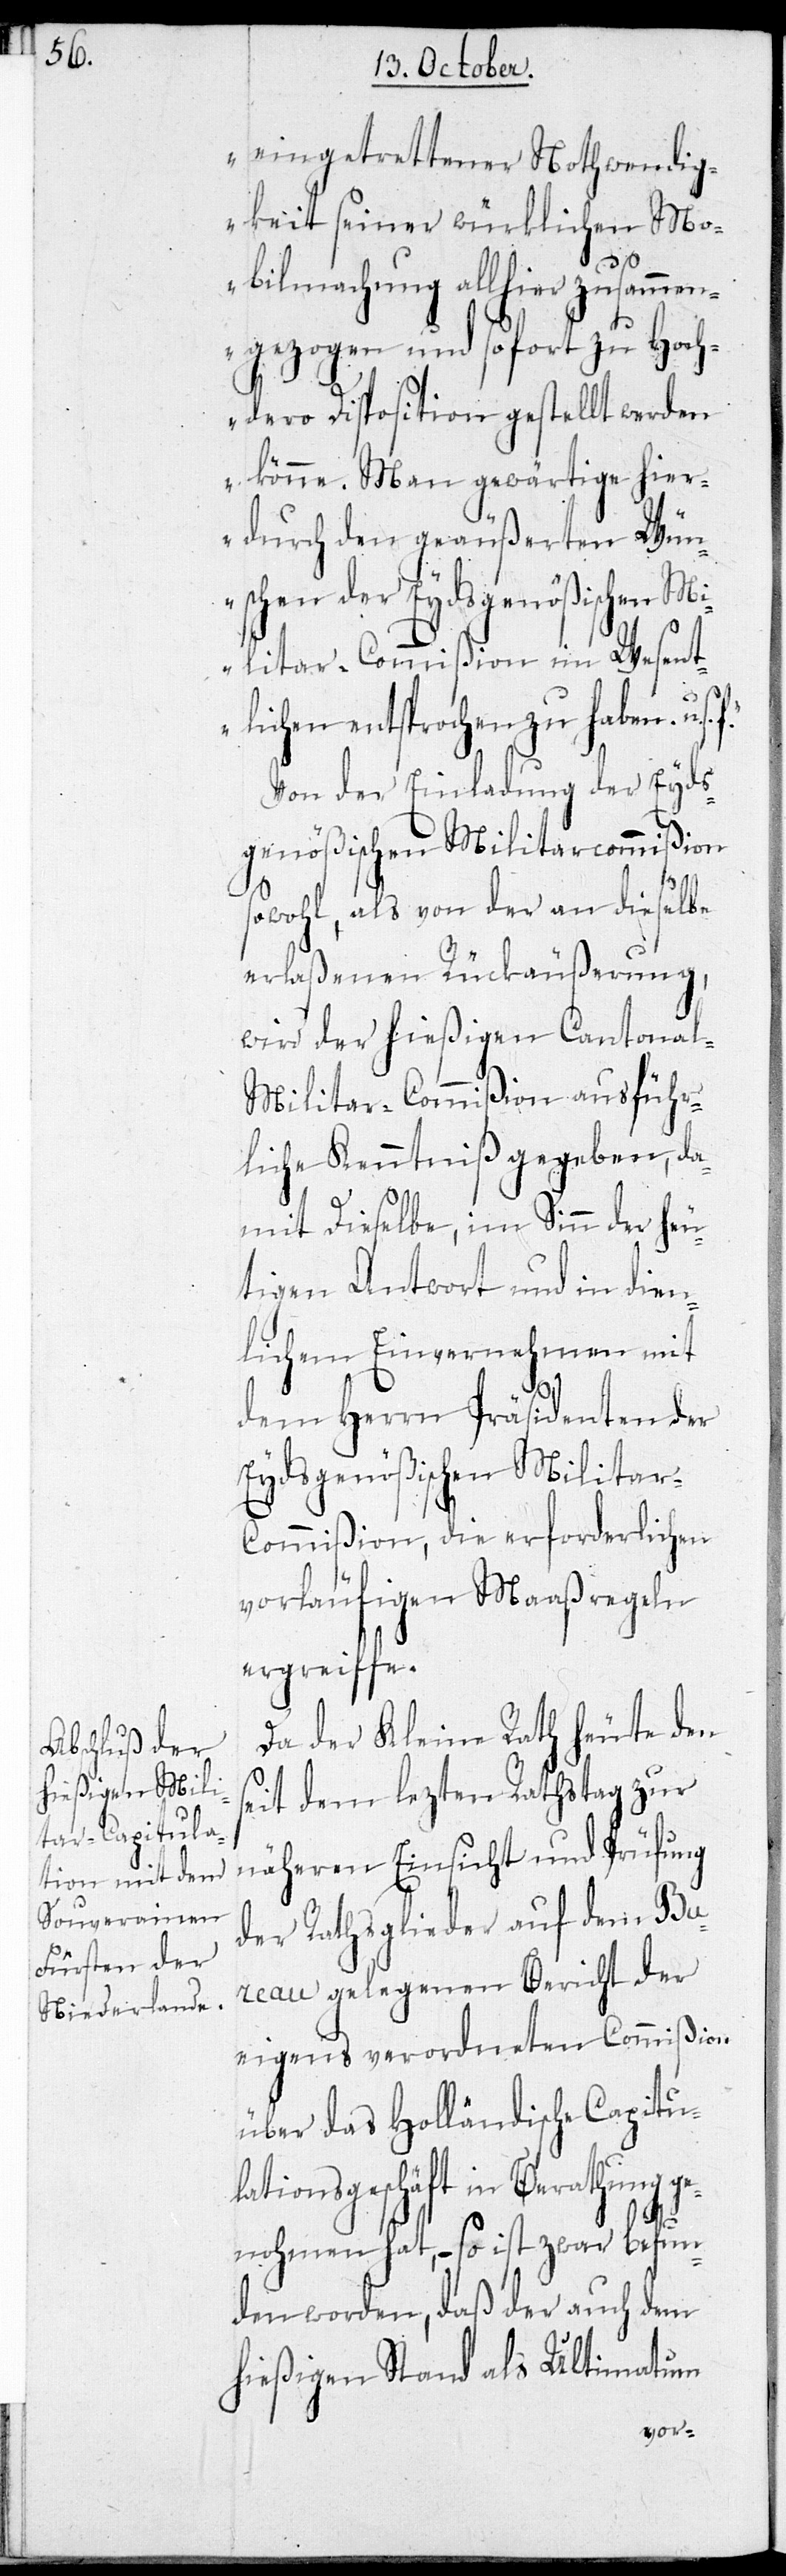
ge¬

eingetrettener Nothwendig¬
keit seiner würklichen Mo¬
bilmachung allhier zusammen¬
gezogen und sofort zu Hoch¬
dero Disposition gestellt werden
könne. Man gewärtige hier¬
durch den geäußerten Wün¬
schen der Eydsgenößischen Mi¬
litar-Commißion im Wesent¬
lichen entsprochen zu haben. u. s.
Von der Einladung der Eyds¬
genößischen Militarcommißion
sowohl, als von der an dieselbe
erlaßenen Rückäußerungen,
wird der hießigen Cantona¬
l-Militar-Commißion ausführ¬
liche Kenntniß gegeben, da¬
mit Dieselbe, im Sinn der heu¬
tigen Antwort und in dien¬
lichem Einvernehmen mit
dem Herrn Präsidenten der
Eydsgenößischen Militar-C¬
ommißion, die erforderlichen
vorläufigen Maaßregeln
ergreiffe.
Da der Kleine Rath heute den
seit dem lezten Rathstag zur
näheren Einsicht und Prüfung
der Rathsglieder auf dem Bur¬
eau gelegenen Bericht der
eigens verordneten Commißion
über das Holländische Capitul¬
ationsgeschäft in Berathung
nohmen hat, – so ist zwar befun¬
den worden, daß der auch dem
hießigen Stand als Ultimatum